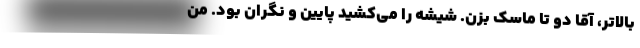
بالاتر، آقا دو تا ماسک بزن. شیشه را می‌کشید پایین و نگران بود. من